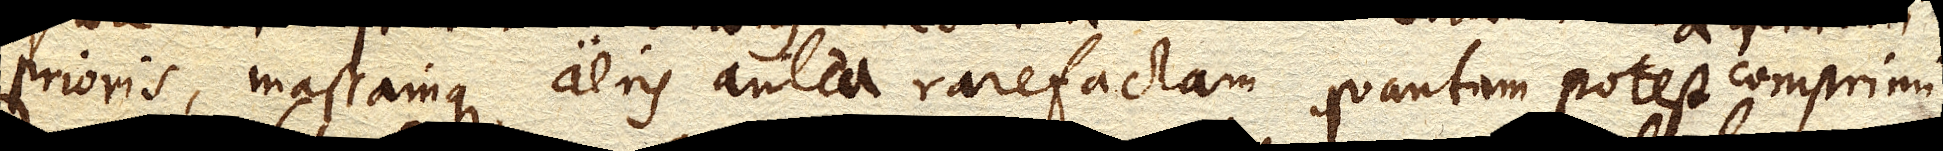
prioris, massamque aeris antea rarefactam quantum potest comprimit,